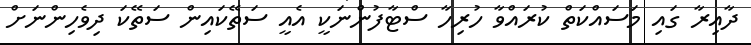
ދާއިރާ ގައި މަސައްކަތް ކުރައްވާ ހުރިހާ ސްޓާފުންނަކީ އެއީ ސަތޭކައިން ސަތޭކަ ދިވެހިންނަށް